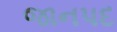
જાનપદ